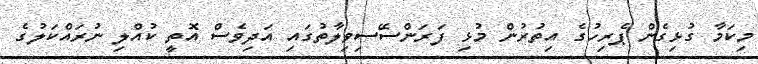
މިކަމާ ގުޅިގެން ޕެރިހުގެ އިތުރުން މުޅި ފަރަންސޭސިވިލާތުގައި އަދިވެސް އޮތީ ކުއްލި ނުރައްކަލުގެ